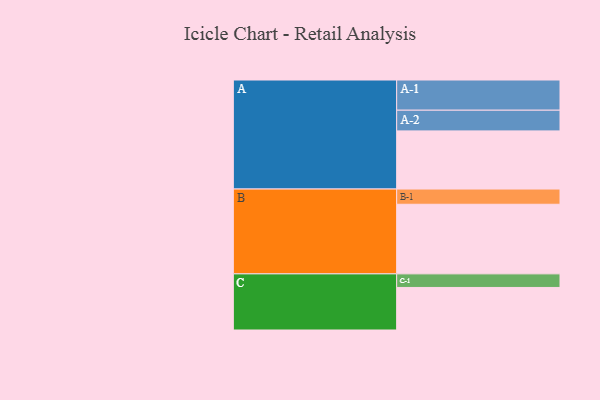
{"axis": {"x": "Segment", "y": "Value"}, "legend": ["", "A", "B", "C"], "data": [{"x": "A", "y": 466, "type": ""}, {"x": "B", "y": 558, "type": ""}, {"x": "C", "y": 341, "type": ""}, {"x": "A-1", "y": 242, "type": "A"}, {"x": "A-2", "y": 166, "type": "A"}, {"x": "B-1", "y": 122, "type": "B"}, {"x": "C-1", "y": 109, "type": "C"}]}